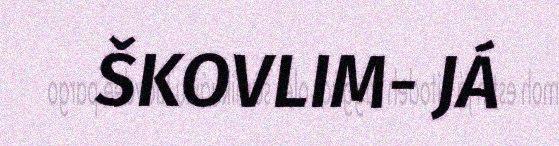
ŠKOVLIM- JÁ